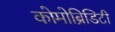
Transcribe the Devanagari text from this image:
कोमोब्रिडिटी